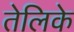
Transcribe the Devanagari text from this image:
तेलिके